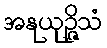
အနုယုဉ္ဇိသံ